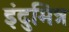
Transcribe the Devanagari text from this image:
इंदुमित्र